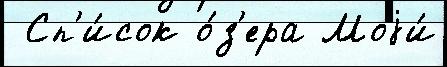
 Сп'и́сок о́з'ера Моjи́